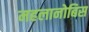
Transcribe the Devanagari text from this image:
महलानोबिस